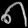
Digit: ၈